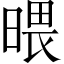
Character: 𣉍